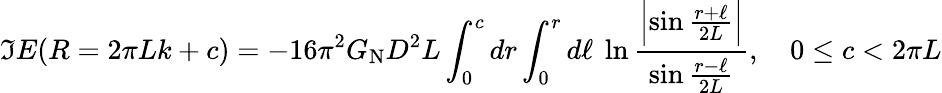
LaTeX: \Im E(R=2\pi Lk+c)=-16\pi^{2}G_{\mathrm{N}}D^{2}L\int_{0}^{c}dr\int_{0}^{r}d\ell\ \ln{\frac{\Bigl|\sin{\frac{r+\ell}{2L}}\Bigr|}{\sin{\frac{r-\ell}{2L}}}},\quad 0\le c<2\pi L